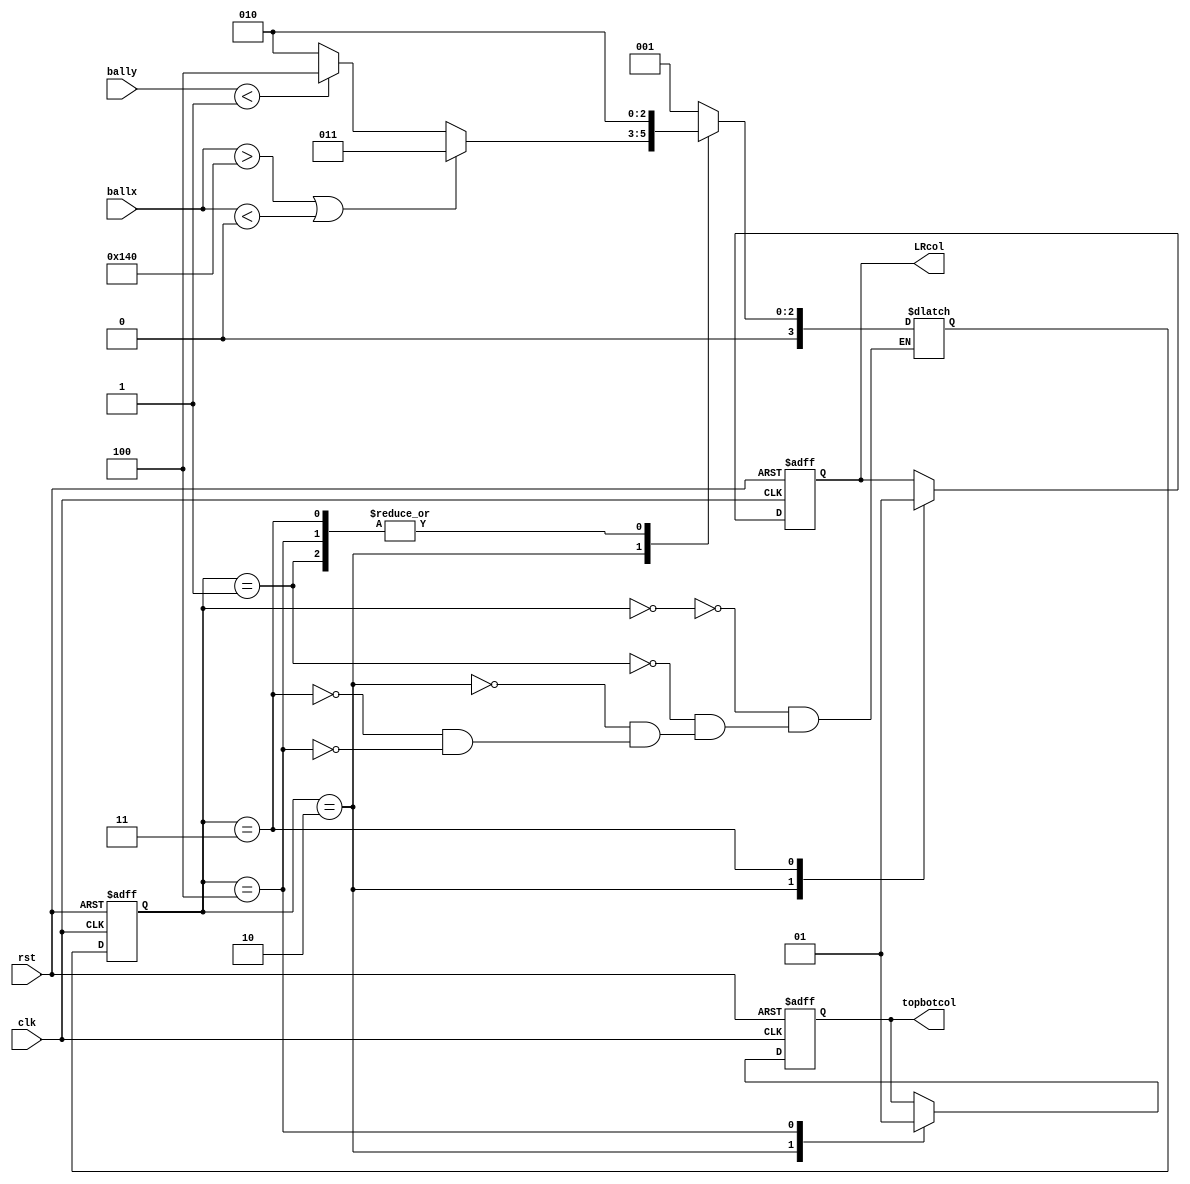
module Wallcol(rst, clk, ballx, bally, topbotcol, LRcol);

input rst, clk;
input[9:0] ballx, bally;

output reg topbotcol, LRcol;

reg [3:0] S, NS;

parameter
Start = 4'd0,
init = 4'd1,
pause = 4'd2,
LR = 4'd3,
TB = 4'd4;

always@(posedge clk or negedge rst)
begin
	if (rst == 1'b0)
	begin
		S <= Start;
	end
	
	else
	begin
		S <= NS;
	end
end

always@(*)
	case(S)
		Start:
			NS = init;
		init:
			NS = pause;
		pause:
			if(ballx > 320 || ballx < 0)
				NS = LR;
			else
				if(bally < 1)
					NS = TB;
				else
					NS = pause;
		LR:
			NS = pause;
		TB:
			NS = pause;
	endcase

always@(posedge clk or negedge rst)
begin
	if(rst == 1'b0)
	begin
		topbotcol <= 1'b0;
		LRcol <= 1'b0;
	end
	else
	begin
		case(S)
			pause: 
			begin
				topbotcol <= 1'b0;
				LRcol <= 1'b0;
			end
			
			LR:
			begin
				LRcol <= 1'b1;
			end
			
			TB:
			begin
				topbotcol <= 1'b1;
			end
		endcase
	end
end
endmodule